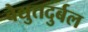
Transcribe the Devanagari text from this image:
वैद्युतदुर्बल